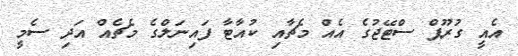
އެއީ ގުރޫޕް ސްޓޭޖުގެ އެއް މެޗާއި ކުއާޓާ ފައިނަލްގެ މެޗެއް އަދި ސެމީ